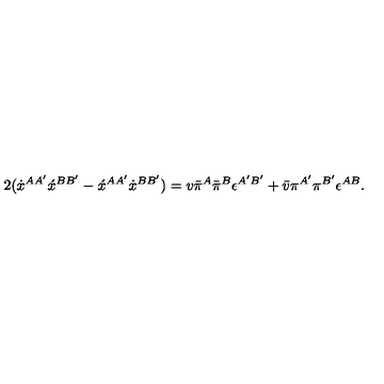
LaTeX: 2 ( \dot { x } ^ { A A ^ { \prime } } \acute { x } ^ { B B ^ { \prime } } - \acute { x } ^ { A A ^ { \prime } } \dot { x } ^ { B B ^ { \prime } } ) = v \bar { \pi } ^ { A } \bar { \pi } ^ { B } \epsilon ^ { A ^ { \prime } B ^ { \prime } } + \bar { v } \pi ^ { A ^ { \prime } } \pi ^ { B ^ { \prime } } \epsilon ^ { A B } .